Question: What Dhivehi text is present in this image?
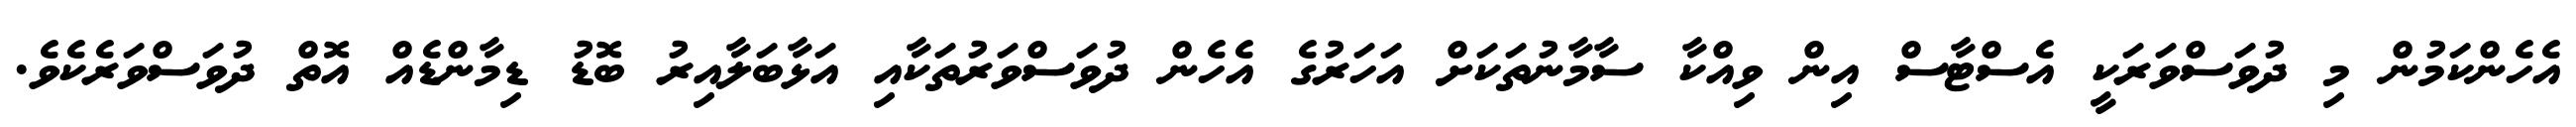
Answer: އެހެންކަމުން މި ދުވަސްވަރަކީ އެސްޓާސް އިން ވިއްކާ ސާމާނުތަކަށް އަހަރުގެ އެހެން ދުވަސްވަރުތަކާއި އަޅާބަލާއިރު ބޮޑު ޑިމާންޑެއް އޮތް ދުވަސްވަރެކެވެ.